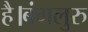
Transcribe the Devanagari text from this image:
है।बंगलुरु